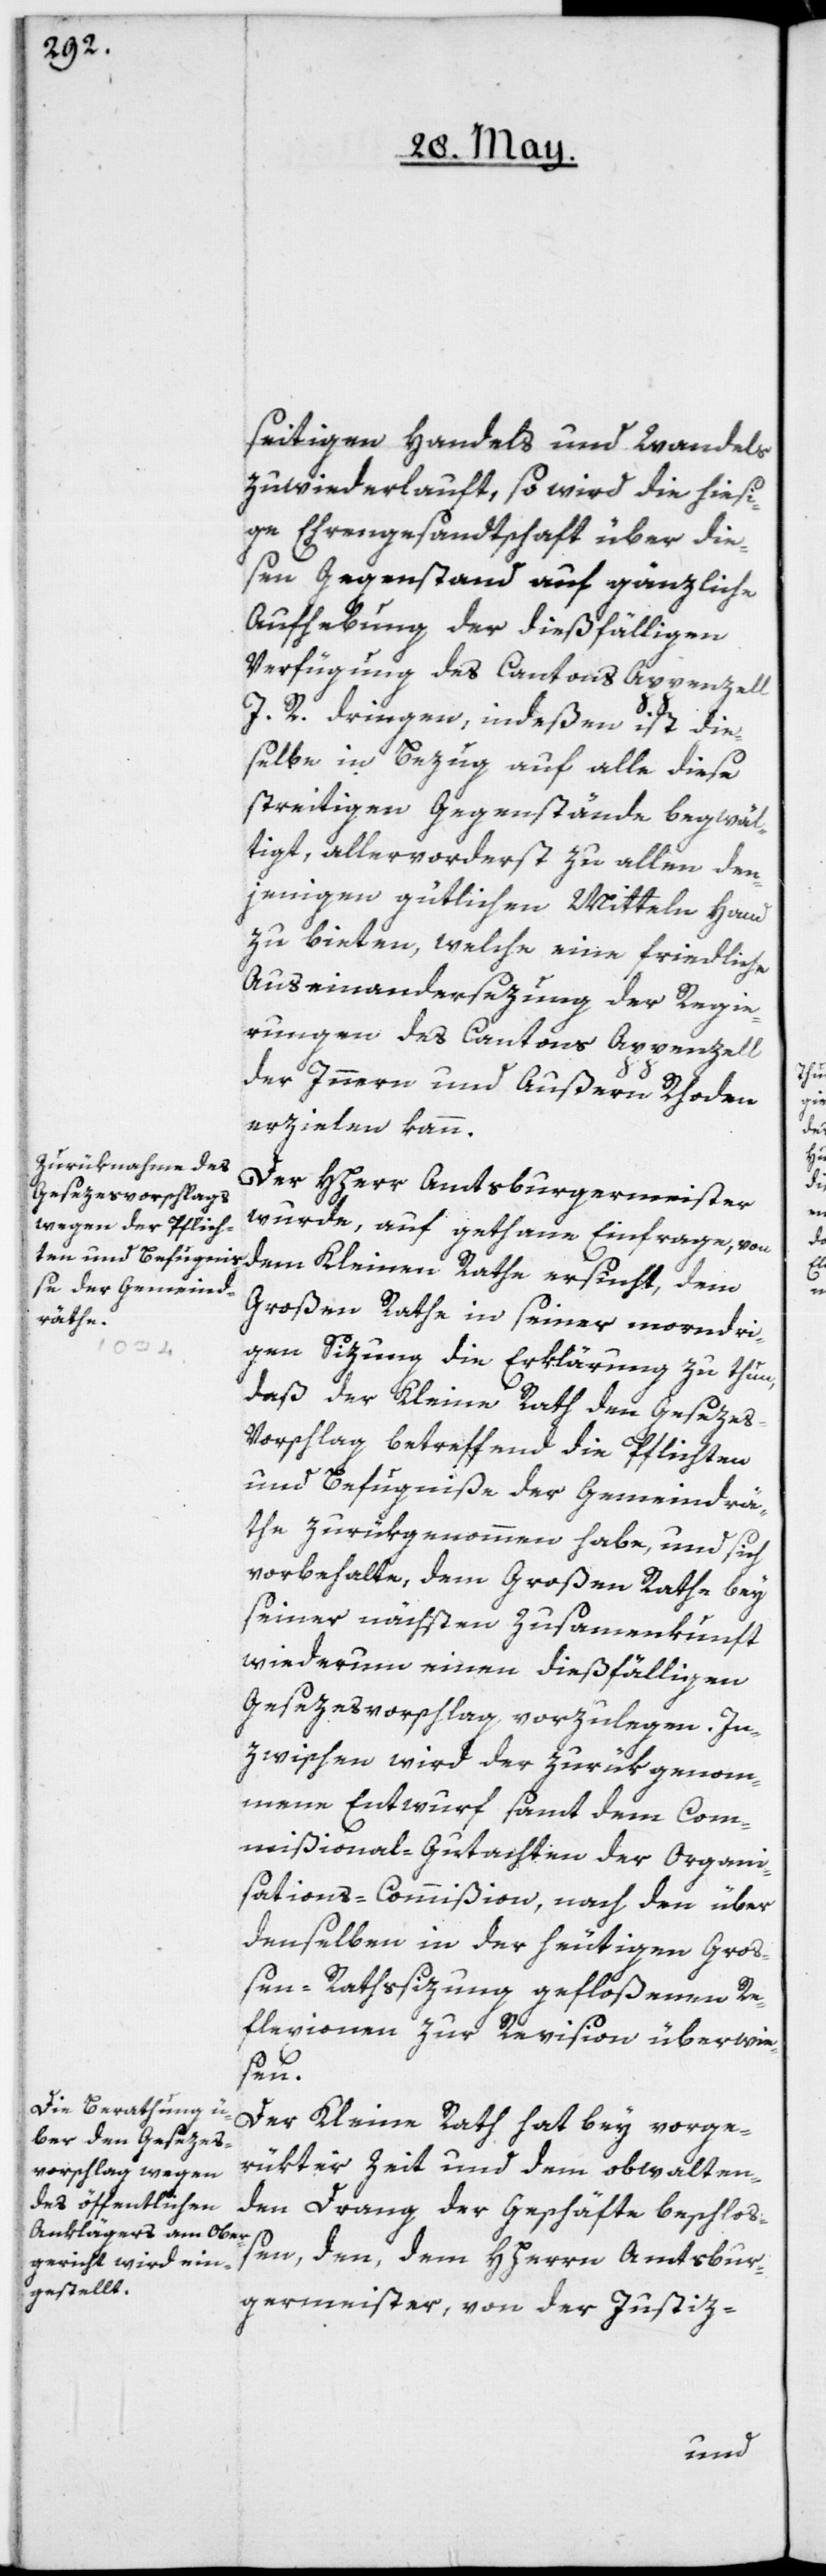
seitigen Handels und Wandels
zuwiederläuft, so wird die hiesi¬
ge Ehrengesandtschaft über die¬
sen Gegenstand auf gänzliche
Aufhebung der dießfälligen
Verfügung des Cantons Appenzell
I. R. dringen, indeßen ist die¬
selbe in Bezug auf alle diese
streitigen Gegenstände begwäl¬
tigt, allervorderst zu allen den¬
jenigen gütlichen Mitteln Hand
zu bieten, welche eine friedliche
Auseinandersezung der Regie¬
rungen des Cantons Appenzell
der Innern und Außern Rhoden
erzielen kann.
Der Hherr Amtsburgermeister
wurde, auf gethane Einfrage, von
dem Kleinen Rathe ersucht, dem
Großen Rathe in seiner morndri¬
gen Sizung die Erklärung zu thun,
daß der Kleine Rath den Geseze¬
s-Vorschlag betreffend die Pflichten
und Befugniße der Gemeindrä¬
the zurükgenommen habe, und sich
vorbehalte, dem Großen Rathe bey
seiner nächsten Zusammenkunft
wiederum einen dießfälligen
Gesezesvorschlag vorzulegen. In¬
zwischen wird der zurükgenom¬
mene Entwurf samt dem Com¬
mißional-Gutachten der Organi¬
sations-Commißion, nach den über
denselben in der heutigen Groß¬
en-Rathssizung gefloßenen Re¬
flexionen zur Revision überwie¬
sen.
Der Kleine Rath hat bey vorge¬
rükter Zeit und dem obwalten¬
den Drang der Geschäfte beschloß¬
en, den dem Hherrn Amtsbur¬
germeister, von der Justiz-